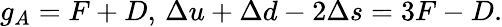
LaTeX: g_{A}=F+D,\, \Delta u+\Delta d-2\Delta s=3F-D.